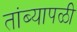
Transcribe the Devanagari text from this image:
तांब्यापळी